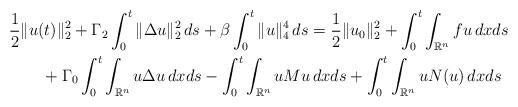
LaTeX: \begin{align*}&\frac12\|u(t)\|_2^2+\Gamma_2\int_0^t\|\Delta u\|_2^2\,ds+\beta\int_0^t\|u\|_4^4\,ds= \frac12\|u_0\|_2^2+\int_0^t\int_{\mathbb{R}^n}fu\,dxds\\&\qquad\strut +\Gamma_0\int_0^t\int_{\mathbb{R}^n}u\Delta u\,dxds-\int_0^t\int_{\mathbb{R}^n}uMu\,dxds+\int_0^t\int_{\mathbb{R}^n}uN(u)\,dxds\end{align*}